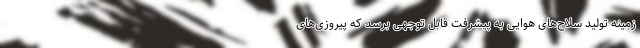
زمینه تولید سلاح‌های هوایی به پیشرفت قابل توجهی برسد که پیروزی‌های